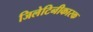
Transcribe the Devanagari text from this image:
जिलेटिनीकारक